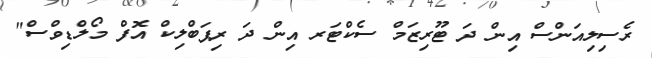
ރެސިލިއަންސް އިން ދަ ޓޫރިޒަމް ސެކްޓަރ އިން ދަ ރިޕަބްލިކް އޮފް މޯލްޑިވްސް"